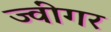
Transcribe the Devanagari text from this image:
ज्वींगर